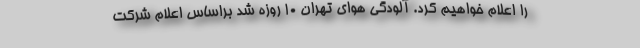
را اعلام خواهیم کرد. آلودگی هوای تهران 10 روزه شد براساس اعلام شرکت